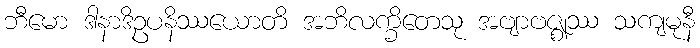
ဘီမော ဒါနာဒိဥပနိဿယောတိ အဘိလက္ခိတေသု အဗျာဗဇ္ဈဿ သကျမုနီ